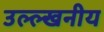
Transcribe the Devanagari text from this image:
उल्ल्खनीय